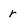
Character: r